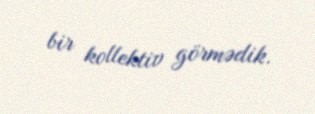
bir kollektiv görmədik.